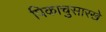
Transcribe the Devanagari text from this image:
पिकाचुसारखे